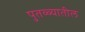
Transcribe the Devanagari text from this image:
पुतळ्यातील